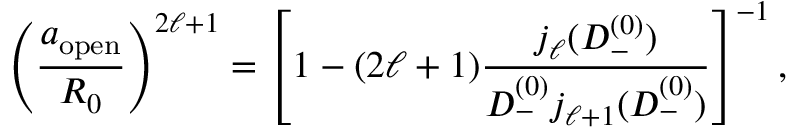
\left( \frac { a _ { \mathrm { o p e n } } } { R _ { 0 } } \right) ^ { 2 \ell + 1 } = \left[ 1 - ( 2 \ell + 1 ) \frac { j _ { \ell } ( D _ { - } ^ { ( 0 ) } ) } { D _ { - } ^ { ( 0 ) } j _ { \ell + 1 } ( D _ { - } ^ { ( 0 ) } ) } \right] ^ { - 1 } ,